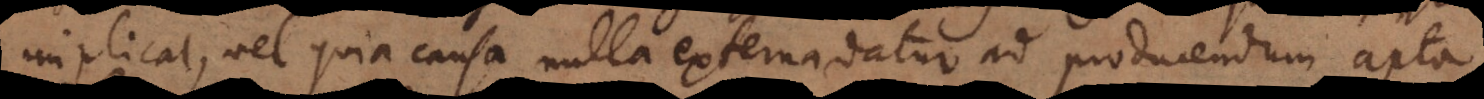
implicat, vel quia causa nulla externa datur ad producendum apta